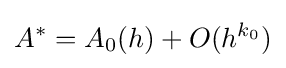
A^{*}=A_{0}(h)+O(h^{k_{0}})